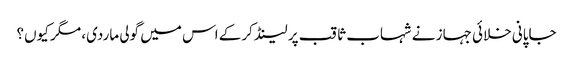
جاپانی خلائی جہاز نے شہاب ثاقب پر لینڈ کرکے اس میں گولی ماردی، مگر کیوں؟